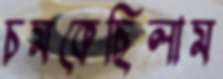
চমকেছিলাম